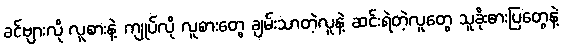
ခင်ဗျားလို လူစားနဲ့ ကျုပ်လို လူစားတွေ ချမ်းသာတဲ့လူနဲ့ ဆင်းရဲတဲ့လူတွေ သူခိုးဓားပြတွေနဲ့